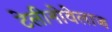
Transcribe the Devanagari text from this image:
टेलीनोवेलाज